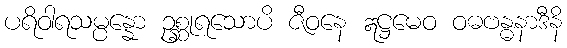
ပရိဝါရသမ္ပန္နော ဥစ္ဆုရသောပိ ဇီဝနေ ဣဋ္ဌမေဝ ဝဓဗန္ဓနာဒီနိ